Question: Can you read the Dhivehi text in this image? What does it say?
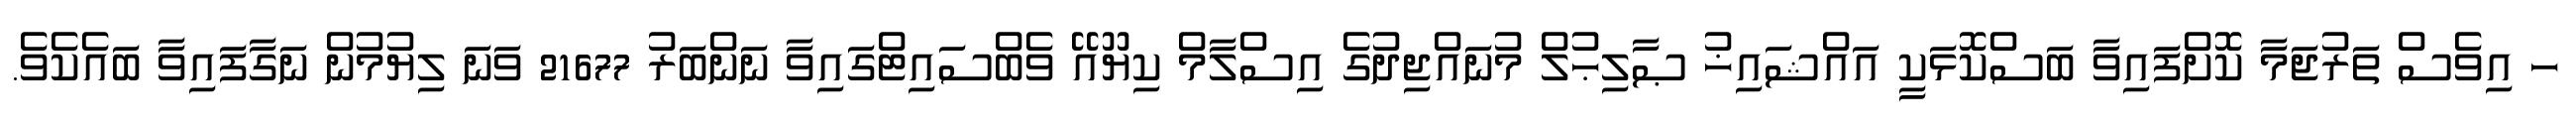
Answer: ހ އިވެސް ތަރުޖަމާ ކޮށްފައިވާ ބަސްކޮޅަކީ އައްޝައިޚު ޞާލިޙުލް މުނައްޖިދުގެ އިސްލާމް ކިޔޫއޭ ވެބްސައިޓްގައިވާ ނަންބަރު 21677 ވަނަ ލިޔުމުން ނަގާފައިވާ ބައެކެވެ.